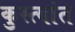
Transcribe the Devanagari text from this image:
कुस्त्यांत